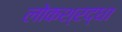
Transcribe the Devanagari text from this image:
लोकश्रद्धा